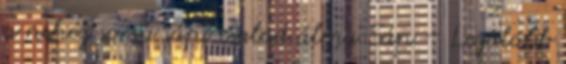
a nehéz sorsú sápi család álma Sáp – Legalább